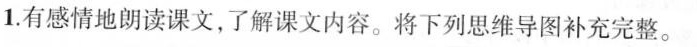
1.有感情地朗读课文，了解课文内容。将下列思维导图补充完整。